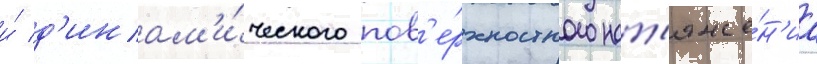
и́ д'инам'и́ческого пов'е́рхностного нат'яже́н'иа